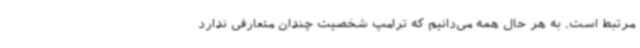
مرتبط است. به‌ هر حال همه می‌دانیم که ترامپ شخصیت چندان متعارفی ندارد